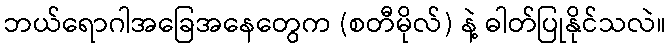
ဘယ်ရောဂါအခြေအနေတွေက (စတီမိုလ်) နဲ့ ဓါတ်ပြုနိုင်သလဲ။